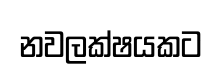
නවලක්ෂයකට